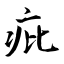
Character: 疪